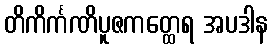
တိကိင်္ကဏိပူဇကတ္ထေရ အပဒါန